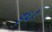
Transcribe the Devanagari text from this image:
इ६१